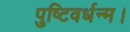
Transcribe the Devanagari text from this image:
पुष्टिवर्धन्म।